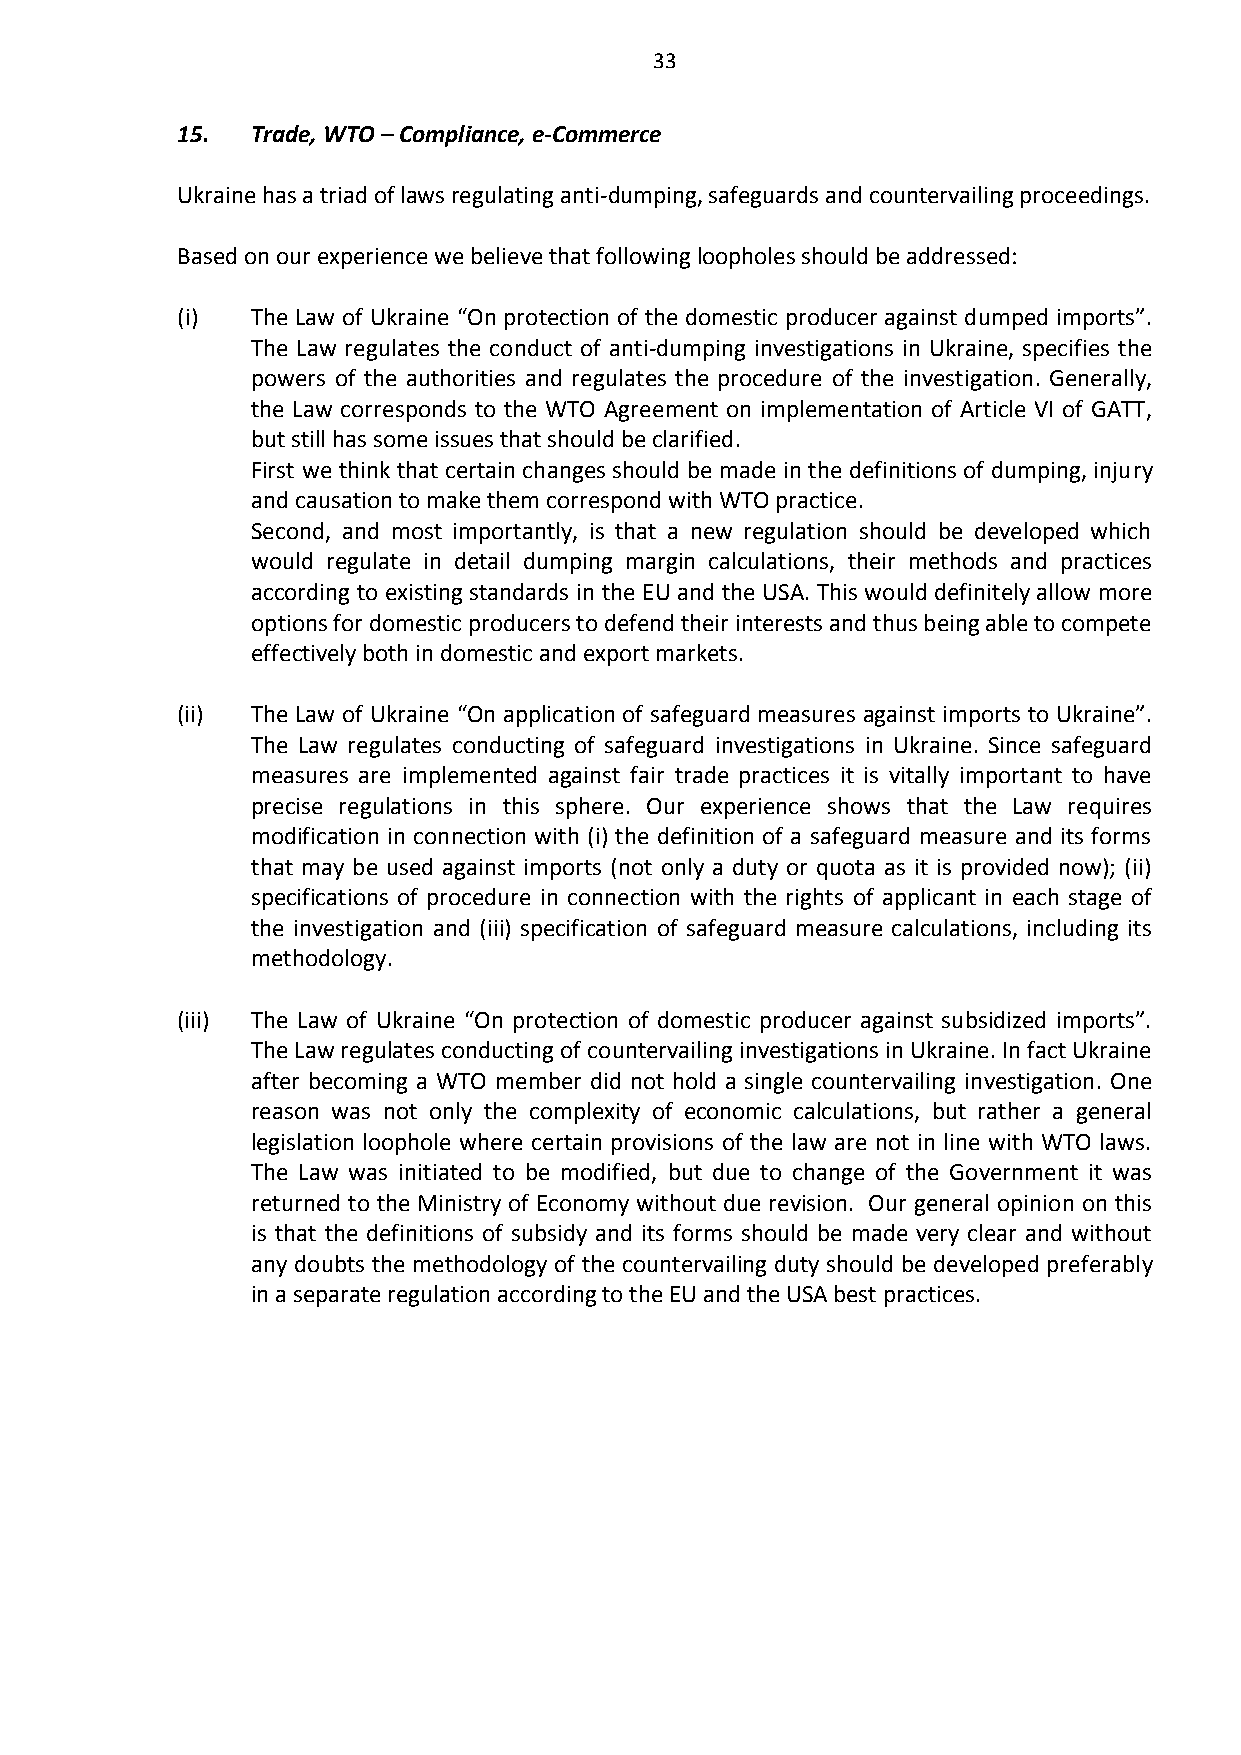
33
 15.  Trade, WTO – Compliance, e-Commerce
 Ukraine has a triad of laws regulating anti-dumping, safeguards and countervailing proceedings.
 Based on our experience we believe that following loopholes should be addressed:
 (i)  The Law of Ukraine “On protection of the domestic producer against dumped imports”.
 The Law regulates the conduct of anti-dumping investigations in Ukraine, specifies the
 powers of the authorities and regulates the procedure of the investigation. Generally,
 the Law corresponds to the WTO Agreement on implementation of Article VI of GATT,
 but still has some issues that should be clarified.
 First we think that certain changes should be made in the definitions of dumping, injury
 and causation to make them correspond with WTO practice.
 Second, and most importantly, is that a new regulation should be developed which
 would regulate in detail dumping margin calculations, their methods and practices
 according to existing standards in the EU and the USA. This would definitely allow more
 options for domestic producers to defend their interests and thus being able to compete
 effectively both in domestic and export markets.
 (ii) The Law of Ukraine “On application of safeguard measures against imports to Ukraine”.
 The Law regulates conducting of safeguard investigations in Ukraine. Since safeguard
 measures are implemented against fair trade practices it is vitally important to have
 precise regulations in this sphere. Our experience shows that the Law requires
 modification in connection with (i) the definition of a safeguard measure and its forms
 that may be used against imports (not only a duty or quota as it is provided now); (ii)
 specifications of procedure in connection with the rights of applicant in each stage of
 the investigation and (iii) specification of safeguard measure calculations, including its
 methodology.
 (iii) The Law of Ukraine “On protection of domestic producer against subsidized imports”.
 The Law regulates conducting of countervailing investigations in Ukraine. In fact Ukraine
 after becoming a WTO member did not hold a single countervailing investigation. One
 reason was not only the complexity of economic calculations, but rather a general
 legislation loophole where certain provisions of the law are not in line with WTO laws.
 The Law was initiated to be modified, but due to change of the Government it was
 returned to the Ministry of Economy without due revision. Our general opinion on this
 is that the definitions of subsidy and its forms should be made very clear and without
 any doubts the methodology of the countervailing duty should be developed preferably
 in a separate regulation according to the EU and the USA best practices.